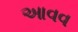
આવવ